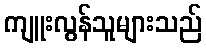
ကျူးလွန်သူများသည်